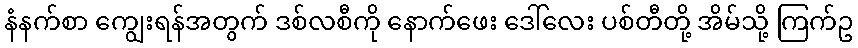
နံနက်စာ ကျွေးရန်အတွက် ဒစ်လစီကို နောက်ဖေး ဒေါ်လေး ပစ်တီတို့ အိမ်သို့ ကြက်ဥ